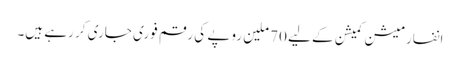
انفارمیشن کمیشن کے لیے 70 ملین روپے کی رقم فوری جاری کر رہے ہیں۔